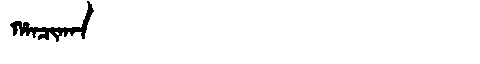
Manchu: ᡥᠠᠨᠴᡳᡴᠠᠨ
Romanization: HANCIKAN